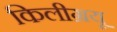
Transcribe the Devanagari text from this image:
किलीग्रयू